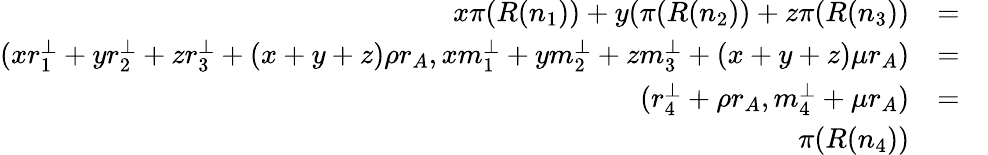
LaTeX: \begin{array}{rlr}{x\pi(R(n_{1}))+y(\pi(R(n_{2}))+z\pi(R(n_{3}))}&{=}&\\ {(xr_{1}^{\perp}+yr_{2}^{\perp}+zr_{3}^{\perp}+(x+y+z)\rho r_{A},xm_{1}^{\perp}+ym_{2}^{\perp}+zm_{3}^{\perp}+(x+y+z)\mu r_{A})}&{=}&\\ {(r_{4}^{\perp}+\rho r_{A},m_{4}^{\perp}+\mu r_{A})}&{=}&\\ {\pi(R(n_{4}))}&{}&\end{array}